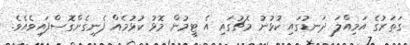
ގަތަރުގެ އަމިއްލަ ދަނޑުގައި ކުޅުނު މެޗުގައި އެ ޓީމުން މޮޅު ކުޅުމެއް ފެނިގެންގޮސްފައިވެއެވެ.